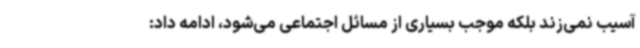
آسیب نمی‌زند بلکه موجب بسیاری از مسائل اجتماعی می‌شود، ادامه داد: